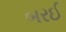
બરઈ